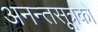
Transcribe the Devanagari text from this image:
अनन्तसूत्रको